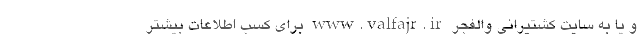
و یا به سایت کشتیرانی والفجر www.valfajr.ir برای کسب اطلاعات بیشتر